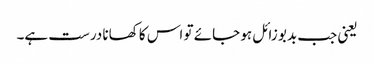
یعنی جب بدبو زائل ہو جائے تو اس کا کھانا درست ہے۔